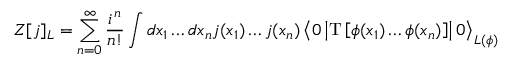
Z [ j ] _ { \cal L } = \sum _ { n = 0 } ^ { \infty } \frac { i ^ { n } } { n ! } \int d x _ { 1 } \ldots d x _ { n } j ( x _ { 1 } ) \ldots j ( x _ { n } ) \left\langle 0 \left\vert \mathrm { T } \left[ \phi ( x _ { 1 } ) \ldots \phi ( x _ { n } ) \right] \right\vert 0 \right\rangle _ { { \cal L } ( \phi ) }